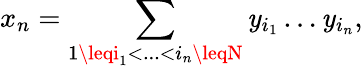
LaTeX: x_{n}=\sum_{1\leqi_{1}<...<i_{n}\leqN}\mathit{y}_{i_{1}}\dots\mathit{y}_{i_{n}},